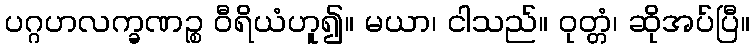
ပဂ္ဂဟလက္ခဏဉ္စ ဝီရိယံဟူ၍။ မယာ၊ ငါသည်။ ဝုတ္တံ၊ ဆိုအပ်ပြီ။